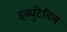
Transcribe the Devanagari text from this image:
इक्युटेविल